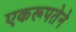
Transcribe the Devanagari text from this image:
एकरूपतेने